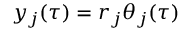
y _ { j } ( \tau ) = r _ { j } \theta _ { j } ( \tau )